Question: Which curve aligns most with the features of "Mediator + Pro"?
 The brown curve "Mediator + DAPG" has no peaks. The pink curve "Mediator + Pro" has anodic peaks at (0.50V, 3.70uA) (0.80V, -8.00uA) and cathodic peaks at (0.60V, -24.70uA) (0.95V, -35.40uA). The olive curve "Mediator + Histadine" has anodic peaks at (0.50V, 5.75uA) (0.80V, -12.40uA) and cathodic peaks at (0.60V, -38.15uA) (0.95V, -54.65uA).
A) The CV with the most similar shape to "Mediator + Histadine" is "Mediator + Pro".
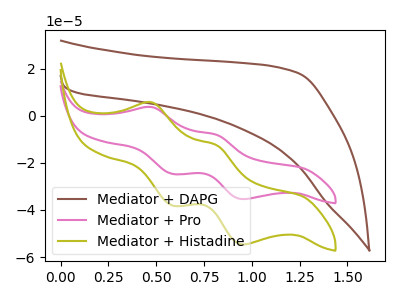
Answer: <think>"Mediator + DAPG" and "Mediator + Pro" have a different number of peaks. "Mediator + DAPG" and "Mediator + Histadine" have a different number of peaks. All the peaks in "Mediator + Pro" have a peak in "Mediator + Histadine" at the same potential.
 </think>
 <answer>A) The CV with the most similar shape to "Mediator + Histadine" is "Mediator + Pro".</answer>
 <eval>A</eval>